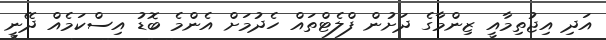
އަދި އިޖުތިމާއީ ޒިންމާގެ ދަށުން ފްލެޓްތައް ހެދުމަށް އެންމެ ބޮޑު އިސްކަމެއް ދޭނީ